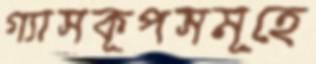
গ্যাসকূপসমূহে